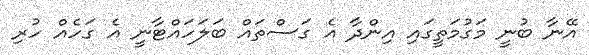
އޭނާ ބުނީ މަގުމަތީގައި އިންދާ އެ ގަސްތައް ބަލަހައްޓާނީ އެ ގަހެއް ހުރި